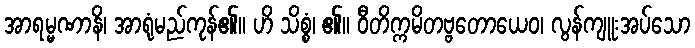
အာရမ္မဏာနိ၊ အာရုံမည်ကုန်၏။ ဟိ သိစ္စံ၊ ၏။ ဝီတိက္ကမိတဗ္ဗတောယေဝ၊ လွန်ကျူးအပ်သော